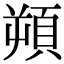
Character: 𩒕